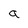
Character: 9